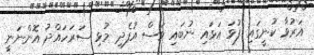
އަރުވާ ކުނީގައި ފުޅަ އަޅައި ނުބައި ވަސް އުފެދި މުޅި ސަރަހައްދު އޮންނަނީ